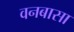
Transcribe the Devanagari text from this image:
वनबासा